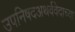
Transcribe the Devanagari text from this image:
उपनिषदअथर्ववेदाच्या